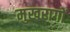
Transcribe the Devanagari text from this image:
मुखरागों